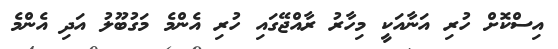
އިސްކޮށް ހުރި އަނާއަކީ މިހާރު ރާއްޖޭގައި ހުރި އެންމެ މަގުބޫލު އަދި އެންމެ